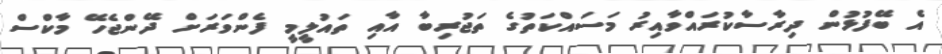
އެ ބޭފުޅުން ދިރާސާކުރައްވާއިރު މަސައްކަތުގެ ތަޖުރިބާ އާއި ތައުލީމީ ފެންވަރަށް ދޭންޖެހޭ މާކްސް